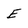
Character: E